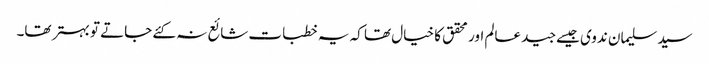
سید سلیمان ندوی جیسے جید عالم اور محقق کا خیال تھا کہ یہ خطبات شائع نہ کئے جاتے تو بہتر تھا۔